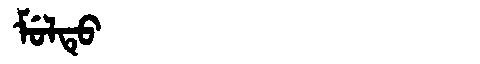
Manchu: ᠮᡠᠯᡨᡠ
Romanization: MULTU